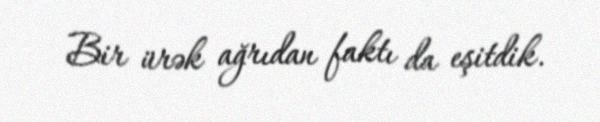
Bir ürək ağrıdan faktı da eşitdik.